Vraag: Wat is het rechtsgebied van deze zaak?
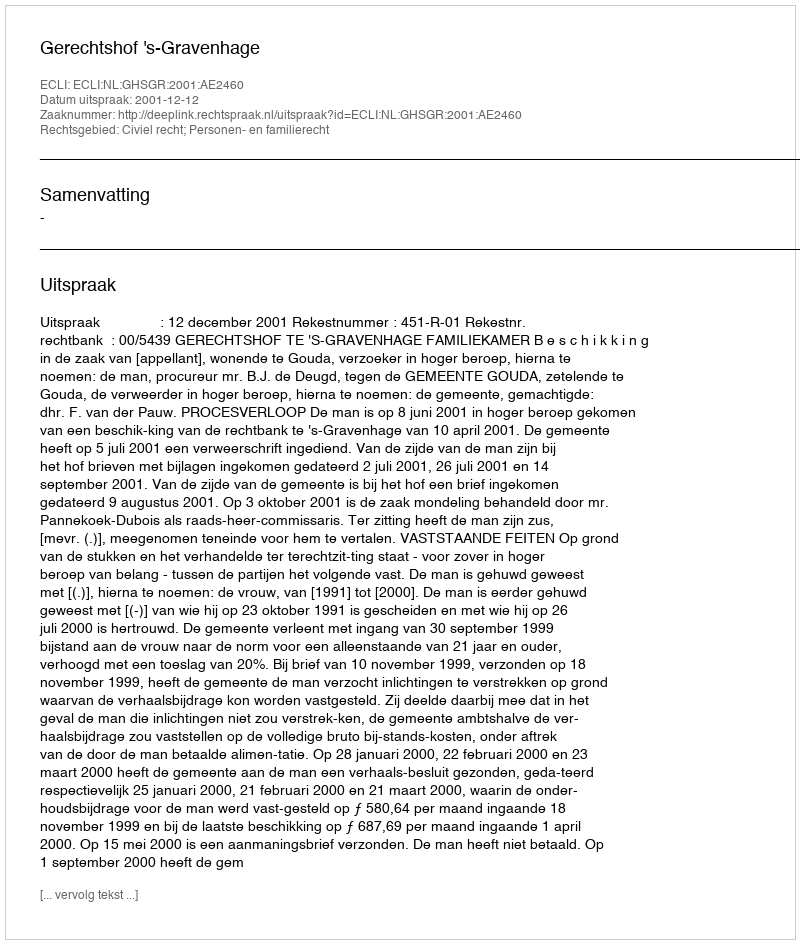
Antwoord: Civiel recht; Personen- en familierecht